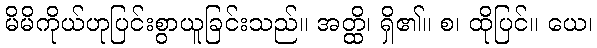
မိမိကိုယ်ဟုပြင်းစွာယူခြင်းသည်။ အတ္ထိ၊ ရှိ၏။ စ၊ ထိုပြင်။ ယေ၊